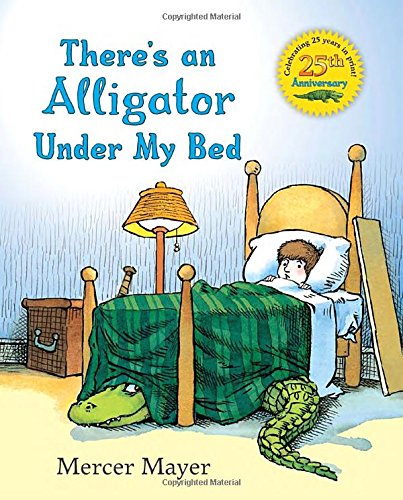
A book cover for There's an Alligator under My Bed; Mercer Mayer; Children's Books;